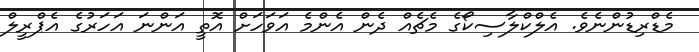
މެޑްރިޑުންނެވެ. އެލްކްލާސިކޯގެ މެޗެއް ދެން އެންމެ އަވަހަށް އޮތީ އަންނަ އަހަރުގެ އެޕްރީލް